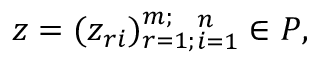
z = ( z _ { r i } ) _ { r = 1 ; } ^ { m ; } { } _ { i = 1 } ^ { n } \in { \cal P } ,